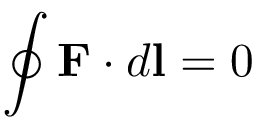
\oint \mathbf { F } \cdot d \mathbf { l } = 0